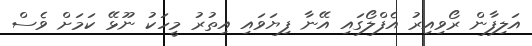
އަލިފާން ރޯވިއިރު އެފްލޯގައި އޭނާ ފިޔަވައި އިތުރު މީހަކު ނޫޅޭ ކަމަށް ވެސް